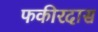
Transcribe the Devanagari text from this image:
फकीरदास